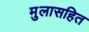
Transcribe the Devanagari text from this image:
मुलासहित